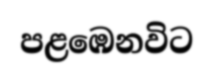
පළඹෙනවිට